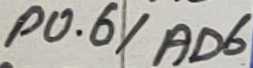
Text: P0.6/AD6